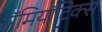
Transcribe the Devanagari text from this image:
सॅमियॉटिक्स